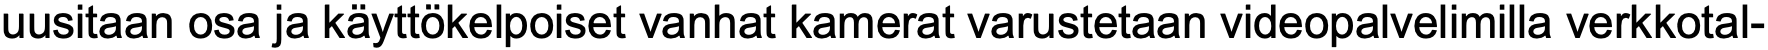
uusitaan osa ja käyttökelpoiset vanhat kamerat varustetaan videopalvelimilla verkkotal-